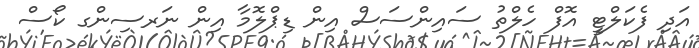
އަދި ފެކަލްޓީ އޮފް ހެލްތު ސައިންސަސް އިން ޑިޕްލޮމާ އިން ނަރސިންގ ކޯސް